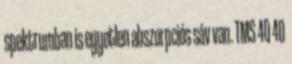
spektrumban is egyetlen abszorpciós sáv van. TMS 40 40